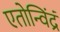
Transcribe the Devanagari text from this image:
एतोन्विंद्रं